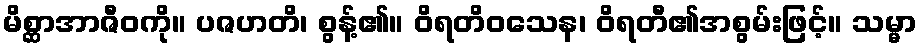
မိစ္ဆာအာဇီဝကို။ ပဇဟတိ၊ စွန့်၏။ ဝိရတိဝသေန၊ ဝိရတီ၏အစွမ်းဖြင့်။ သမ္မာ